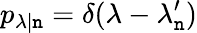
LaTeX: p_{\lambda|\mathtt{n}}=\delta(\lambda-\lambda_{\mathtt{n}}^{\prime})